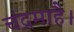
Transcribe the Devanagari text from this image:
चंद्रमाहै।